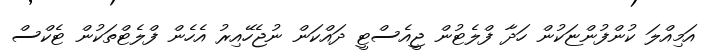
އަމިއްލަ ކުންފުންޏަކުން ހަދާ ފްލެޓުން ޖީއެސްޓީ ދައްކަން ނުޖެހޭއިރު އެހެން ފްލެޓްތަކުން ޓެކްސް